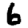
Digit: 6